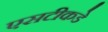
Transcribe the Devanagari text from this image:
एसटीकडे